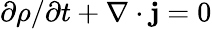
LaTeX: \partial\rho/\partial t+\nabla\cdot{\mathbf j}=0